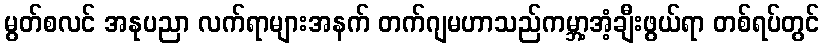
မွတ်စလင် အနုပညာ လက်ရာများအနက် တက်ဂျမဟာသည်ကမ္ဘာ့အံ့ချီးဖွယ်ရာ တစ်ရပ်တွင်